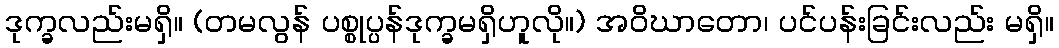
ဒုက္ခလည်းမရှိ။ (တမလွန် ပစ္စုပ္ပန်ဒုက္ခမရှိဟူလို။) အဝိဃာတော၊ ပင်ပန်းခြင်းလည်း မရှိ။